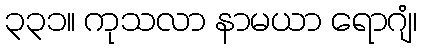
၃၃၁။ ကုသလာ နာမယာ ရောဂျံ၊